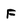
Character: F